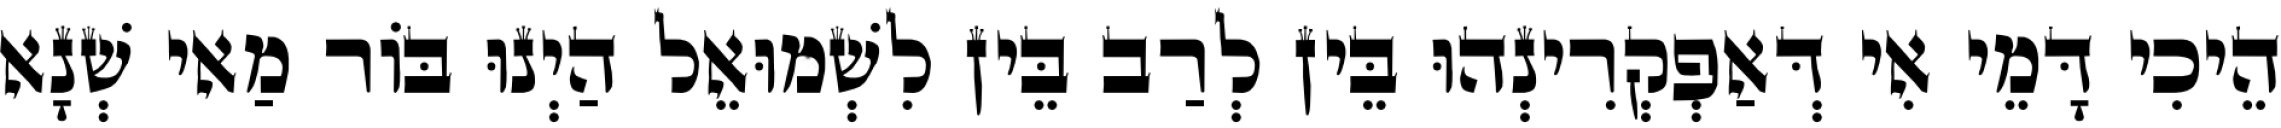
הֵיכִי דָּמֵי אִי דְּאַפְקְרִינְהוּ בֵּין לְרַב בֵּין לִשְׁמוּאֵל הַיְנוּ בּוֹר מַאי שְׁנָא